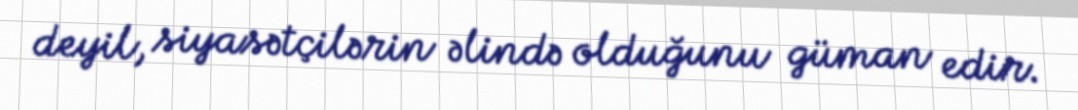
deyil, siyasətçilərin əlində olduğunu güman edir.